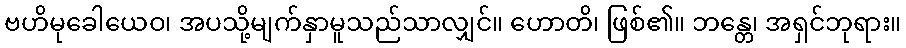
ဗဟိမုခေါယေဝ၊ အပသို့မျက်နှာမူသည်သာလျှင်။ ဟောတိ၊ ဖြစ်၏။ ဘန္တေ၊ အရှင်ဘုရား။